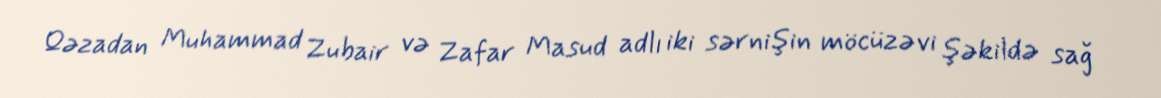
Qəzadan Muhammad Zubair və Zafar Masud adlı iki sərnişin möcüzəvi şəkildə sağ